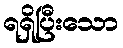
ရရှိပြီးသော